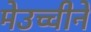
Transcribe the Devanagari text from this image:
मेउच्चीने